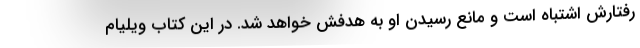
رفتارش اشتباه است و مانع رسیدن او به هدفش خواهد شد. در این کتاب ویلیام